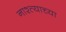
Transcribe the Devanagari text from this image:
नाश्त्याच्या